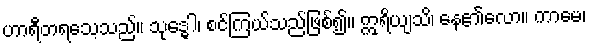
ဟာရီတရသေ့သည်။ သုဒ္ဓေါ၊ စင်ကြယ်သည်ဖြစ်၍။ ဣရိယျသိ၊ နေ၏လော။ ကာမေ၊